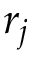
r _ { j }